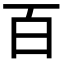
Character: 百